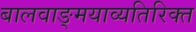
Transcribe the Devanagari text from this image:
बालवाङ्‌मयाव्यतिरिक्त